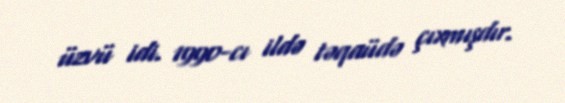
üzvü idi. 1990-cı ildə təqaüdə çıxmışdır.